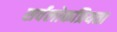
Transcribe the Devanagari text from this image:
सर्वलोकप्रियता